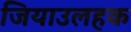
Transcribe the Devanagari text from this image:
जियाउलहक